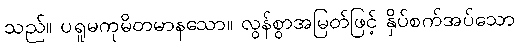
သည်။ ပရူမကုမိတမာနသော။ လွန်စွာအမြတ်ဖြင့် နှိပ်စက်အပ်သော